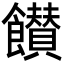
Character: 𩟪